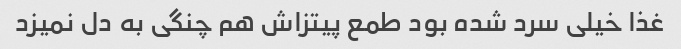
غذا خیلی سرد شده بود طمع پیتزاش هم چنگی به دل نمیزد